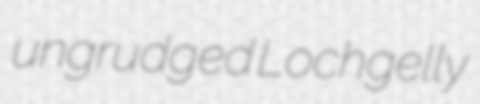
ungrudged Lochgelly